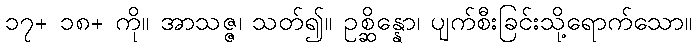
၁၇+ ၁၈+ ကို။ အာသဇ္ဇ၊ သတ်၍။ ဥစ္ဆိန္နော၊ ပျက်စီးခြင်းသို့ရောက်သော။